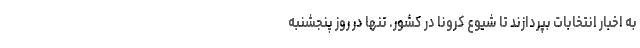
به اخبار انتخابات بپردازند تا شیوع کرونا در کشور. تنها در روز پنجشنبه